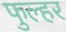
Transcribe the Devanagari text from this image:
फुल्हर